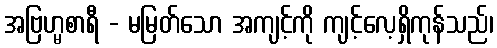
အဗြဟ္မစာရီ - မမြတ်သော အကျင့်ကို ကျင့်လေ့ရှိကုန်သည်၊